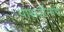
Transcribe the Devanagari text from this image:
पाथर्डीमार्गे